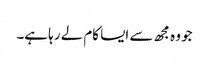
جو وہ مجھ سے ایسا کام لے رہا ہے۔